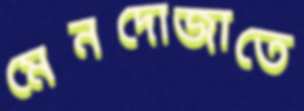
মেনদোজাতে